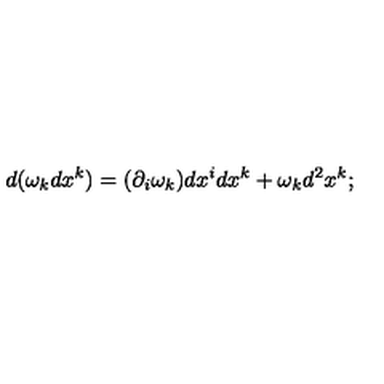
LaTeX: d ( \omega _ { k } d x ^ { k } ) = ( \partial _ { i } \omega _ { k } ) d x ^ { i } d x ^ { k } + \omega _ { k } d ^ { 2 } x ^ { k } ;